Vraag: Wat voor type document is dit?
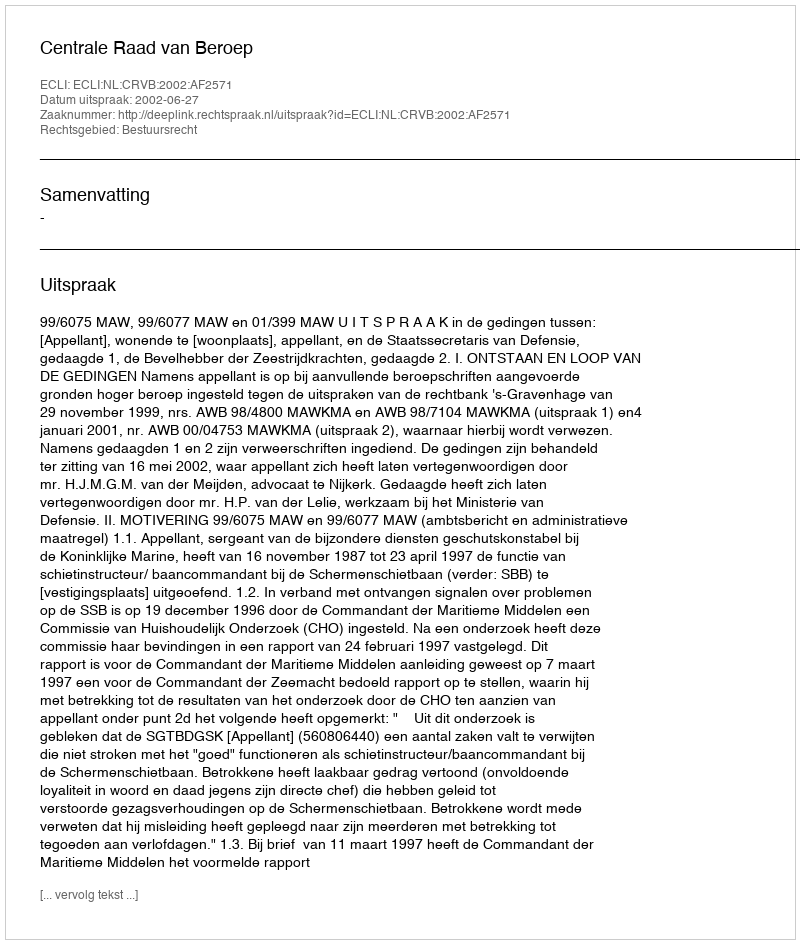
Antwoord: Uitspraak